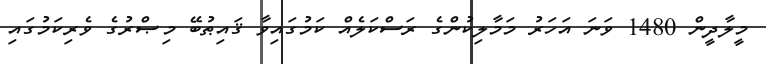
މީލާދީން 1480 ވަނަ އަހަރު މަމާލިކުންގެ ރަސްކަލެއް ކަމުގައިވާ ޤައިޠުބޭ މިޞްރުގެ ވެރިކަމުގައި